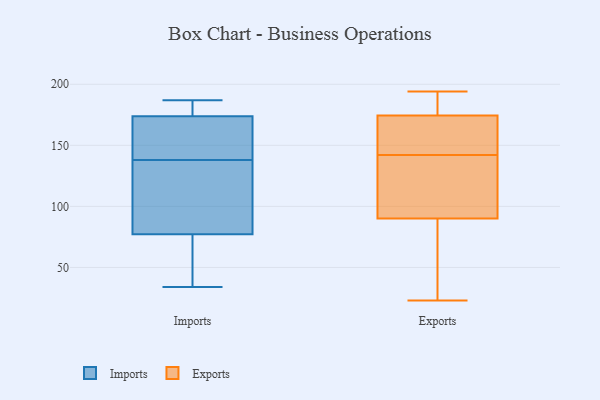
{"axis": {"x": "Latency (ms)", "y": "Value"}, "legend": ["Exports", "Imports"], "data": [{"x": "", "y": 106, "type": "Imports"}, {"x": "", "y": 120, "type": "Imports"}, {"x": "", "y": 34, "type": "Imports"}, {"x": "", "y": 179, "type": "Imports"}, {"x": "", "y": 187, "type": "Imports"}, {"x": "", "y": 138, "type": "Imports"}, {"x": "", "y": 86, "type": "Imports"}, {"x": "", "y": 139, "type": "Imports"}, {"x": "", "y": 172, "type": "Imports"}, {"x": "", "y": 36, "type": "Imports"}, {"x": "", "y": 51, "type": "Imports"}, {"x": "", "y": 185, "type": "Imports"}, {"x": "", "y": 147, "type": "Imports"}, {"x": "", "y": 177, "type": "Exports"}, {"x": "", "y": 23, "type": "Exports"}, {"x": "", "y": 143, "type": "Exports"}, {"x": "", "y": 127, "type": "Exports"}, {"x": "", "y": 142, "type": "Exports"}, {"x": "", "y": 139, "type": "Exports"}, {"x": "", "y": 47, "type": "Exports"}, {"x": "", "y": 184, "type": "Exports"}, {"x": "", "y": 69, "type": "Exports"}, {"x": "", "y": 194, "type": "Exports"}, {"x": "", "y": 193, "type": "Exports"}, {"x": "", "y": 167, "type": "Exports"}, {"x": "", "y": 78, "type": "Exports"}, {"x": "", "y": 126, "type": "Exports"}, {"x": "", "y": 152, "type": "Exports"}]}